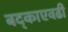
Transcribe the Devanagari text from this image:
बद्काएवढी